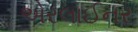
એરલાઈનર